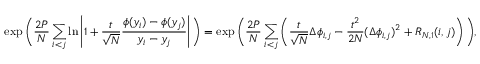
\exp \bigg ( \frac { 2 P } { N } \sum _ { i < j } \ln \left| 1 + \frac { t } { \sqrt { N } } \frac { \phi ( y _ { i } ) - \phi ( y _ { j } ) } { y _ { i } - y _ { j } } \right| \bigg ) = \exp \bigg ( \frac { 2 P } { N } \sum _ { i < j } \left( \frac { t } { \sqrt { N } } \Delta \phi _ { i , j } - \frac { t ^ { 2 } } { 2 N } ( \Delta \phi _ { i , j } ) ^ { 2 } + R _ { N , 1 } ( i , j ) \right) \bigg ) ,